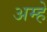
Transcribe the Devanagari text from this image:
अम्हे